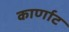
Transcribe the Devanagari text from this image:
कार्णाट